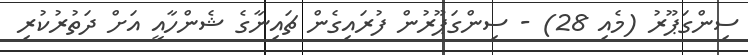
ސިންގަޕޫރު (މެއި 28) - ސިންގަޕޫރުން ފުރަައިގެން ޗައިނާގެ ޝެންހާއީ އަށް ދަތުރުކުރި